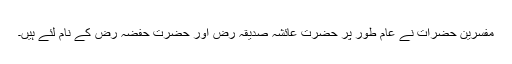
مفسرین حضرات نے عام طور پر حضرت عائشہ صدیقہ رض اور حضرت حٖفضہ رض کے نام لئے ہیں۔